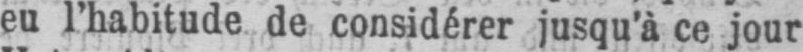
eu l’habitude de considérer jusqu’à ce jour